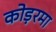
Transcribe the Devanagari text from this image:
कोड़रमा